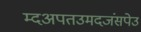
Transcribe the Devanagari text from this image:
म्दअपतउमदजंसपेउ